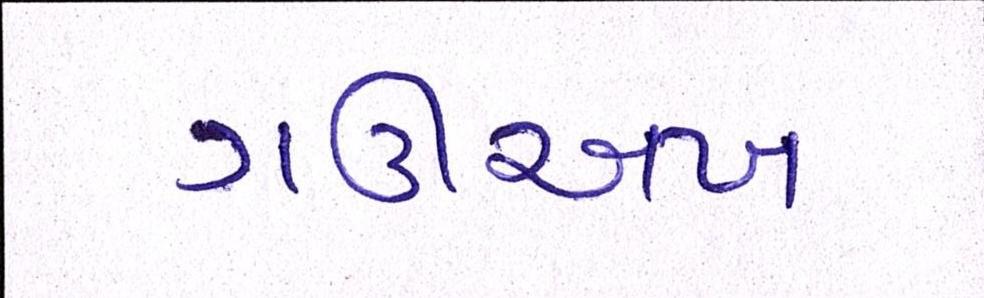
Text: ગઊઅખ